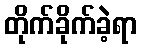
တိုက်ခိုက်ခဲ့ရာ